Bulletin of the Pasteur Institute of Southern India, Coonoor - No. 3.
Year: 1910
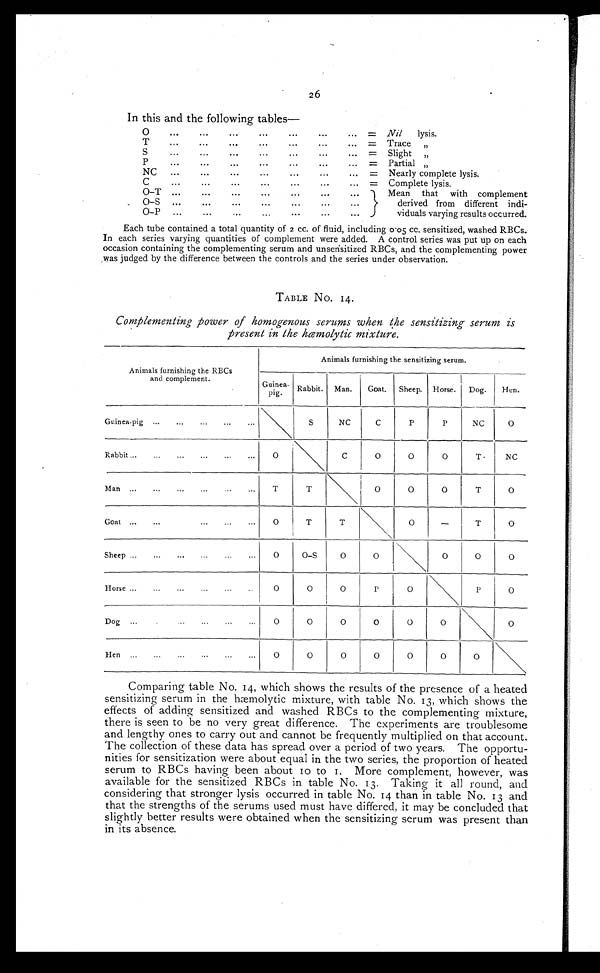
26
In this and the following tables—
O
T
S
P
NC
C
O—T
O—S
O—P
...
...
...
...
...
...
...
...
...
...
...
...
...
...
...
...
...
...
0 . .
...
...
...
...
...
...
. . .
...
...
...
...
...
...
...
...
...
...
...
...
...
...
...
...
. . .
. ..
...
...
...
. . .
. . .
...
...
. . .
...
...
...
...
...
...
...
...
. . .
=
=
=
=
=
=
Nil
lysis.
Trace
,,
Slight
,,
Partial „
Nearly complete lysis.
Complete lysis.
Mean that with complement
derived from different indi-
viduals varying results occurred.
Each tube contained a total quantity of 2 cc. of fluid, including 0.05 cc. sensitized, washed RBCs.
In each series varying quantities of complement were added. A control series was put up on each
occasion containing the complementing serum and unsensitized RBCs, and the complementing power
, was judged by the difference between the controls and the series under observation.
TABLE No. 14.
Complementing power of homogenous serums when the sensitizing serum is
present in the hæmolytic mixture.
Animals furnishing the RBCs
and complement.
Animals furnishing the sensitizing serum.
Guinea- Rabbit.
pig.
Man.
Goat.
Sheep.
Horse.
Dog.
Hen.
Guinea-pig
...
...
...
...
...
S
NC
C
P
P
NC
O
Rabbit ...
...
...
...
...
O
C
O
O
O
T
NC
Man...
...
...
...
...
T
T
O
O
O
T
O
Goat...
...
...
...
...
O
T
T
O
—
T
O
Sheep...
...
...
...
...
O
O–S
O
O
O
O
O
Horse ...
...
...
..
O
O
O
P
O
P
O
Dog...
.
..
...
...
O
O
O
O
O
O
O
Hen...
...
...
...
...
O
O
O
O
O
O
O
Comparing table No. 14, which shows the results of the presence of a heated
sensitizing serum in the h æ molytic mixture, with table No. 13, which shows the
effects of adding sensitized and washed RBCs to the complementing mixture,
there is seen to be no very great difference. The experiments are troublesome
and lengthy ones to carry out and cannot be frequently multiplied on that account.
The collection of these data has spread over a period of two years. The opportu-
nities for sensitization were about equal in the two series, the proportion of heated
serum to RBCs having been about 10 to 1. More complement, however, was
available for the sensitized RBCs in table No. 13. Taking it all round, and
considering that stronger lysis occurred in table No. 14 than in table No. 13 and
that the strengths of the serums used must have differed, it may be concluded that
slightly better results were obtained when the sensitizing serum was present than
in its absence.